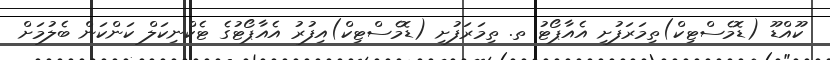
ކޫއްޑޫ (ޑޮމެސްޓިކް)ތިމަރަފުށި އެއާޕޯޓު ތ. ތިމަރަފުށި (ޑޮމެސްޓިކް)އިފުރު އެއާޕޯޓުގެ ޓެކްނިކަލް ކަންކަން ބެލުމަަށް